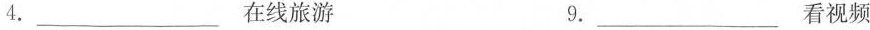
4.___在线旅游 9.___看视频